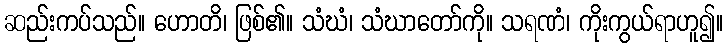
ဆည်းကပ်သည်။ ဟောတိ၊ ဖြစ်၏။ သံဃံ၊ သံဃာတော်ကို။ သရဏံ၊ ကိုးကွယ်ရာဟူ၍။